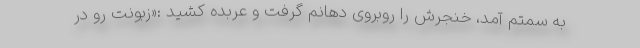
به سمتم آمد، خنجرش را روبروی دهانم گرفت و عربده کشید :«زبونت رو در